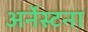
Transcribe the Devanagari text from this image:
अर्नेस्टना